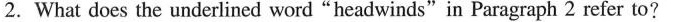
2. What does the underlined word “headwinds”in Paragraph 2 refer to?